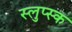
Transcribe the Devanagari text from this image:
स्लुप्स्क